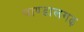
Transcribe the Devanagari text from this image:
चाण्डालगढ़